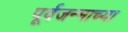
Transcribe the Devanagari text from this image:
पूर्वजन्माच्या